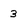
Character: 3